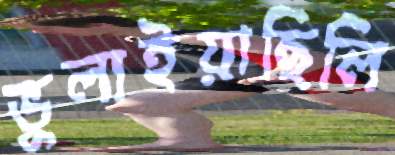
ভুলাইয়াছিলি